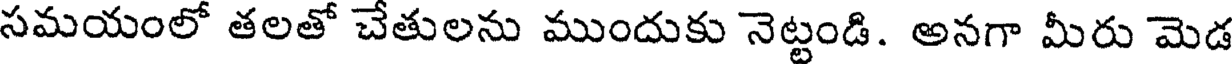
సమయంలో తలతో చేతులను ముందుకు నెట్టండి. అనగా మీరు మెడ